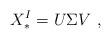
LaTeX: \begin{align*}X_*^I=U\Sigma V \ ,\end{align*}